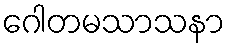
ဂေါတမသာသနာ